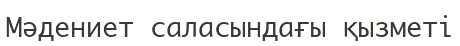
Мәдениет саласындағы қызметі